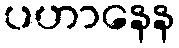
ပဟာနေန